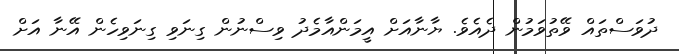
ދުވަސްތައް ވޭތުވަމުން ދެއެވެ. ޔާނާއަށް އީމަންއާމެދު ވިސްނުން ގިނަވި ގިނަވިހެން އޭނާ އަށް